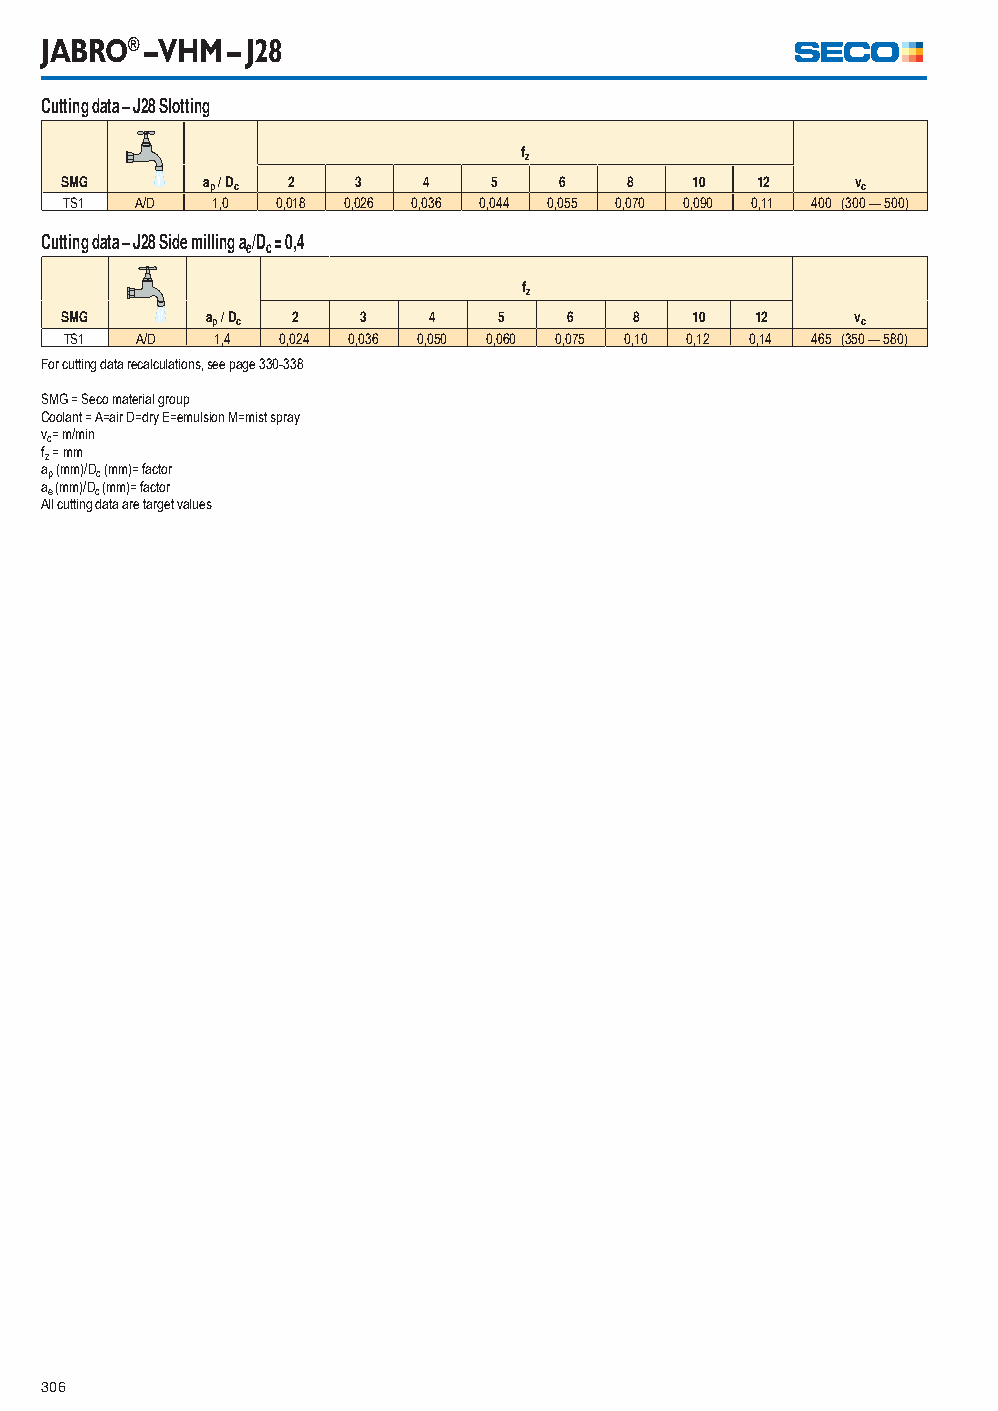
JABRO® – VHM – J28
 Cutting data – J28 Slotting
 fz
 SMG      ap / Dc 2  3   4    5   6    8   10  12     vc
 TS1  A/D  1,0 0,018 0,026 0,036 0,044 0,055 0,070 0,090 0,11 400 (300 — 500)
 Cutting data – J28 Side milling a/D = 0,4
 e c
 fz
 SMG       ap / Dc 2 3   4    5    6   8   10  12     vc
 TS1  A/D  1,4  0,024 0,036 0,050 0,060 0,075 0,10 0,12 0,14 465 (350 — 580)
 For cutting data recalculations, see page 330-338
 SMG = Seco material group
 Coolant = A=air D=dry E=emulsion M=mist spray
 vc= m/min
 fz = mm
 ap (mm)/Dc (mm)= factor
 ae (mm)/Dc (mm)= factor
 All cutting data are target values
 306